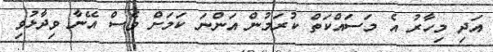
އަދި މިހާރު އެ މަސައްކަތް ކުރަމުން އަންނަ ކަމަށް ވެސް އޭނާ ވިދާޅުވި